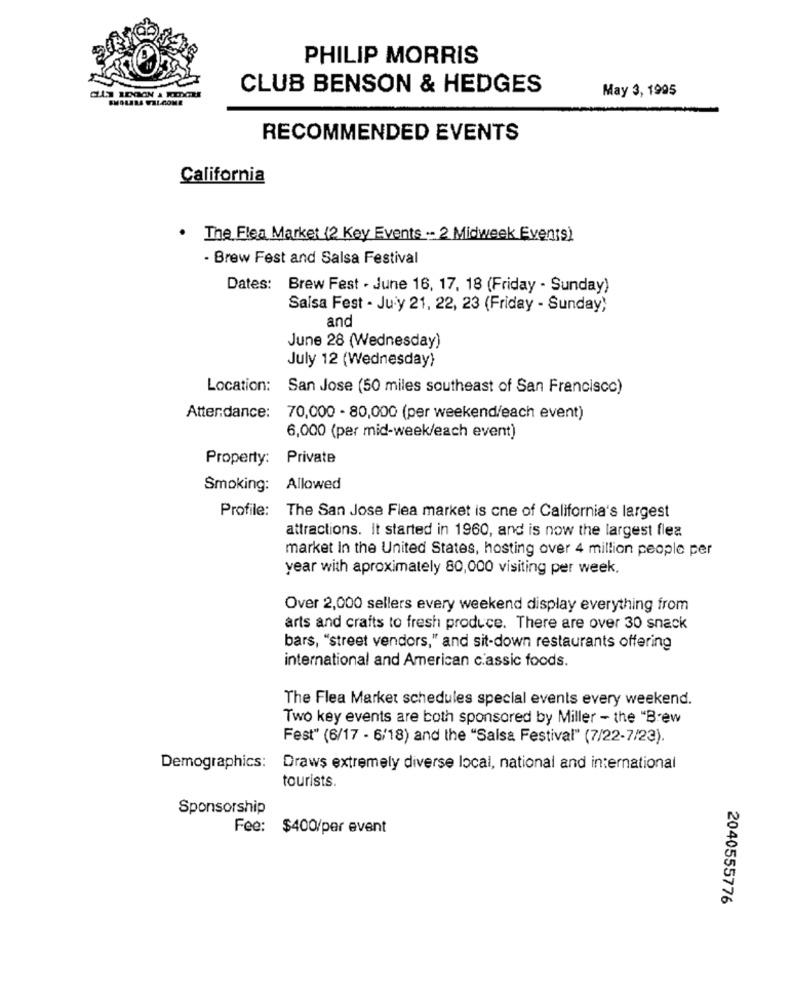
PHILIP MORRIS
CLUB BENSON & HEDGES
May 3, 1995
SMOLERA FAL-COME
RECOMMENDED EVENTS
California
. The Flea Market (2 Key Events - 2 Midweek Events)
- Brew Fest and Salsa Festival
Dates: Brew Fest - June 16, 17, 18 (Friday - Sunday)
Salsa Fest - July 21, 22, 23 (Friday - Sunday)
and
June 28 (Wednesday)
July 12 (Wednesday)
Location:
San Jose (50 miles southeast of San Francisco)
Attendance:
70,000 - 80,000 (per weekend/each event)
6,000 (per mid-week/each event)
Property:
Private
Smoking:
Allowed
Profile: The San Jose Flea market is cne of California's largest
attractions. It started in 1960, and is now the largest flea
market In the United States, hosting over 4 million people per
year with aproximately 80,000 visiting per week,
Over 2,000 sellers every weekend display everything from
arts and crafts to fresh produce. There are over 30 snack
bars, "street vendors," and sit-down restaurants offering
international and American classic foods.
The Flea Market schedules special events every weekend.
Two key events are both sponsored by Miller - the "Brew
Fest" (6/17 - 6/18) and the "Salsa Festival" (7/22-7/23).
Demographics:
Draws extremely diverse local, national and international
tourists.
Sponsorship
Fee: $400/per event
2040555776